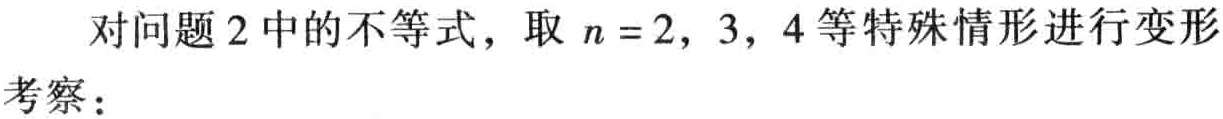
对问题 2 中的不等式，取 \(n = 2, 3, 4\) 等特殊情形进行变形考察：